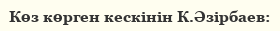
Көз көрген кескінін К.Әзірбаев: